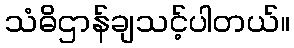
သံဓိဌာန်ချသင့်ပါတယ်။